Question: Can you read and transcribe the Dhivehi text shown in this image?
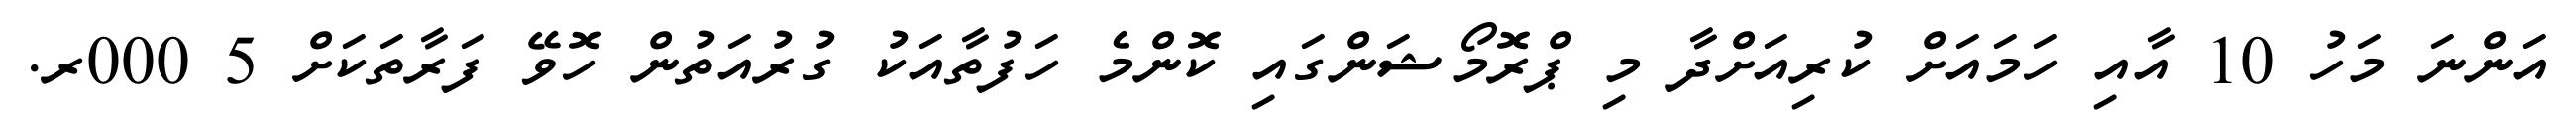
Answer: އަންނަ މަހު 10 އާއި ހަމައަށް ކުރިއަށްދާ މި ޕްރޮމޯޝަންގައި ކޮންމެ ހަފުތާއަކު ގުރުއަތުން ހޮވޭ ފަރާތަކަށް 5 000ރ.